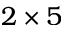
2 \times 5